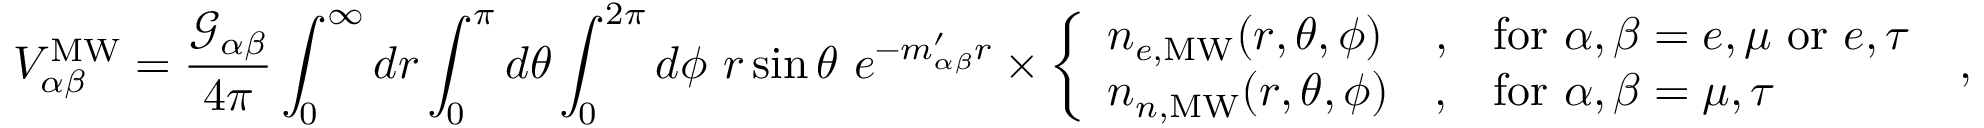
V _ { \alpha \beta } ^ { \mathrm { M W } } = \frac { \mathcal { G } _ { \alpha \beta } } { 4 \pi } \int _ { 0 } ^ { \infty } d r \int _ { 0 } ^ { \pi } d \theta \int _ { 0 } ^ { 2 \pi } d \phi ~ r \sin \theta ~ e ^ { - m _ { \alpha \beta } ^ { \prime } r } \times \left\{ \begin{array} { l l l } { n _ { e , \mathrm { M W } } ( r , \theta , \phi ) } & { , } & { \mathrm { f o r } ~ \alpha , \beta = e , \mu ~ \mathrm { o r } ~ e , \tau } \\ { n _ { n , \mathrm { M W } } ( r , \theta , \phi ) } & { , } & { \mathrm { f o r } ~ \alpha , \beta = \mu , \tau } \end{array} \right. \; ,